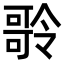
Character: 𠾥